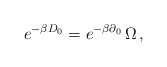
\begin{align*}e^{-\beta D_0}= e^{-\beta \partial_0}\,\Omega \,,\end{align*}